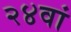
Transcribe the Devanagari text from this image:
२४वां